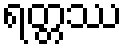
ရတ္တဿ